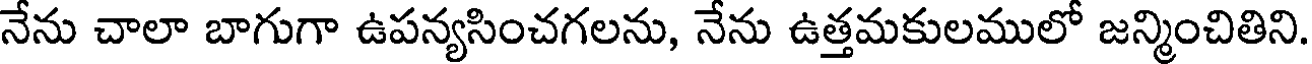
నేను చాలా బాగుగా ఉపన్యసించగలను, నేను ఉత్తమకులములో జన్మించితిని